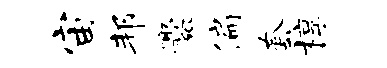
宙邦爨偏套椁